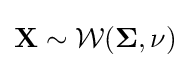
{\mathbf {X} }\sim {\mathcal {W}}({\mathbf {\Sigma } },\nu )